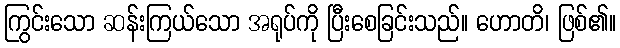
ကြွင်းသော ဆန်းကြယ်သော အရုပ်ကို ပြီးစေခြင်းသည်။ ဟောတိ၊ ဖြစ်၏။